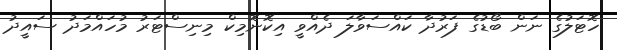
ހޮޓަލުގެ ނަން ބޯޑުގެ ފަރުދާ ކައްސަވާލަ ދެއްވީ އިކޮނޮމިކް މިނިސްޓަރު މުހައްމަދު ސައީދު